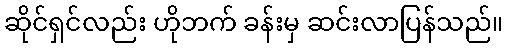
ဆိုင်ရှင်လည်း ဟိုဘက် ခန်းမှ ဆင်းလာပြန်သည်။